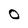
Character: O